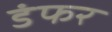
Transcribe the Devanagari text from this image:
डंफर